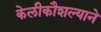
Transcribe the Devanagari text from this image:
केलीकौशल्याने